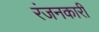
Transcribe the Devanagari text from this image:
रंजनकारी